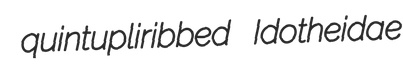
quintupliribbed Idotheidae